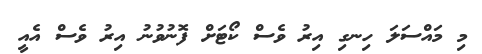
މި މައްސަލަ ހިނގި އިރު ވެސް ކޯޓަށް ފޮނުވުނު އިރު ވެސް އެއީ